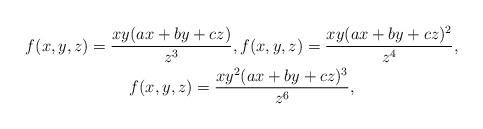
LaTeX: \begin{gather*}f(x,y,z)=\dfrac{xy(ax+by+cz)}{z^3}, f(x,y,z)=\dfrac{xy(ax+by+cz)^2}{z^4}, \\f(x,y,z)=\dfrac{xy^2(ax+by+cz)^3}{z^6},\end{gather*}